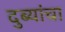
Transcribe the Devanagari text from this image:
दुब्यांचा